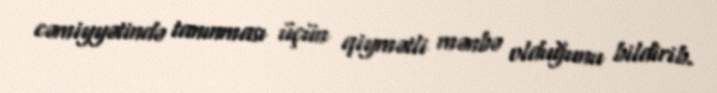
cəmiyyətində tanınması üçün qiymətli mənbə olduğunu bildirib.